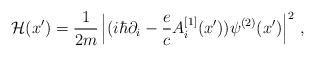
LaTeX: \begin{align*}{\cal H}(x{'})= {1 \over 2m} \left|(i \hbar \partial_i - {e\over c} A_i^{[1]} (x{'})) \psi^{(2)} (x{'})\right|^2\,,\end{align*}